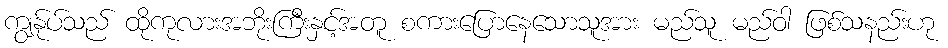
ကျွန်ုပ်သည် ထိုကုလားအဘိုးကြီးနှင့်အတူ စကားပြောနေသောသူအား မည်သူ မည်ဝါ ဖြစ်သနည်းဟု